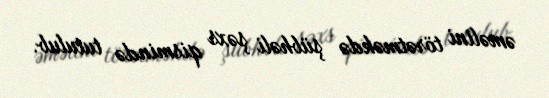
əməlini törətməkdə şübhəli şəxs qismində tutulub.